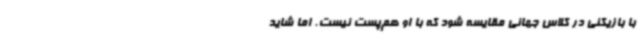
با بازیکنی در کلاس جهانی مقایسه شود که با او هم‌پست نیست. اما شاید